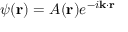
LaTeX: \psi ( \mathbf { r } ) = A ( \mathbf { r } ) e ^ { - i \mathbf { k } \cdot \mathbf { r } }